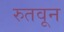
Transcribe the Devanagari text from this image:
रुतवून